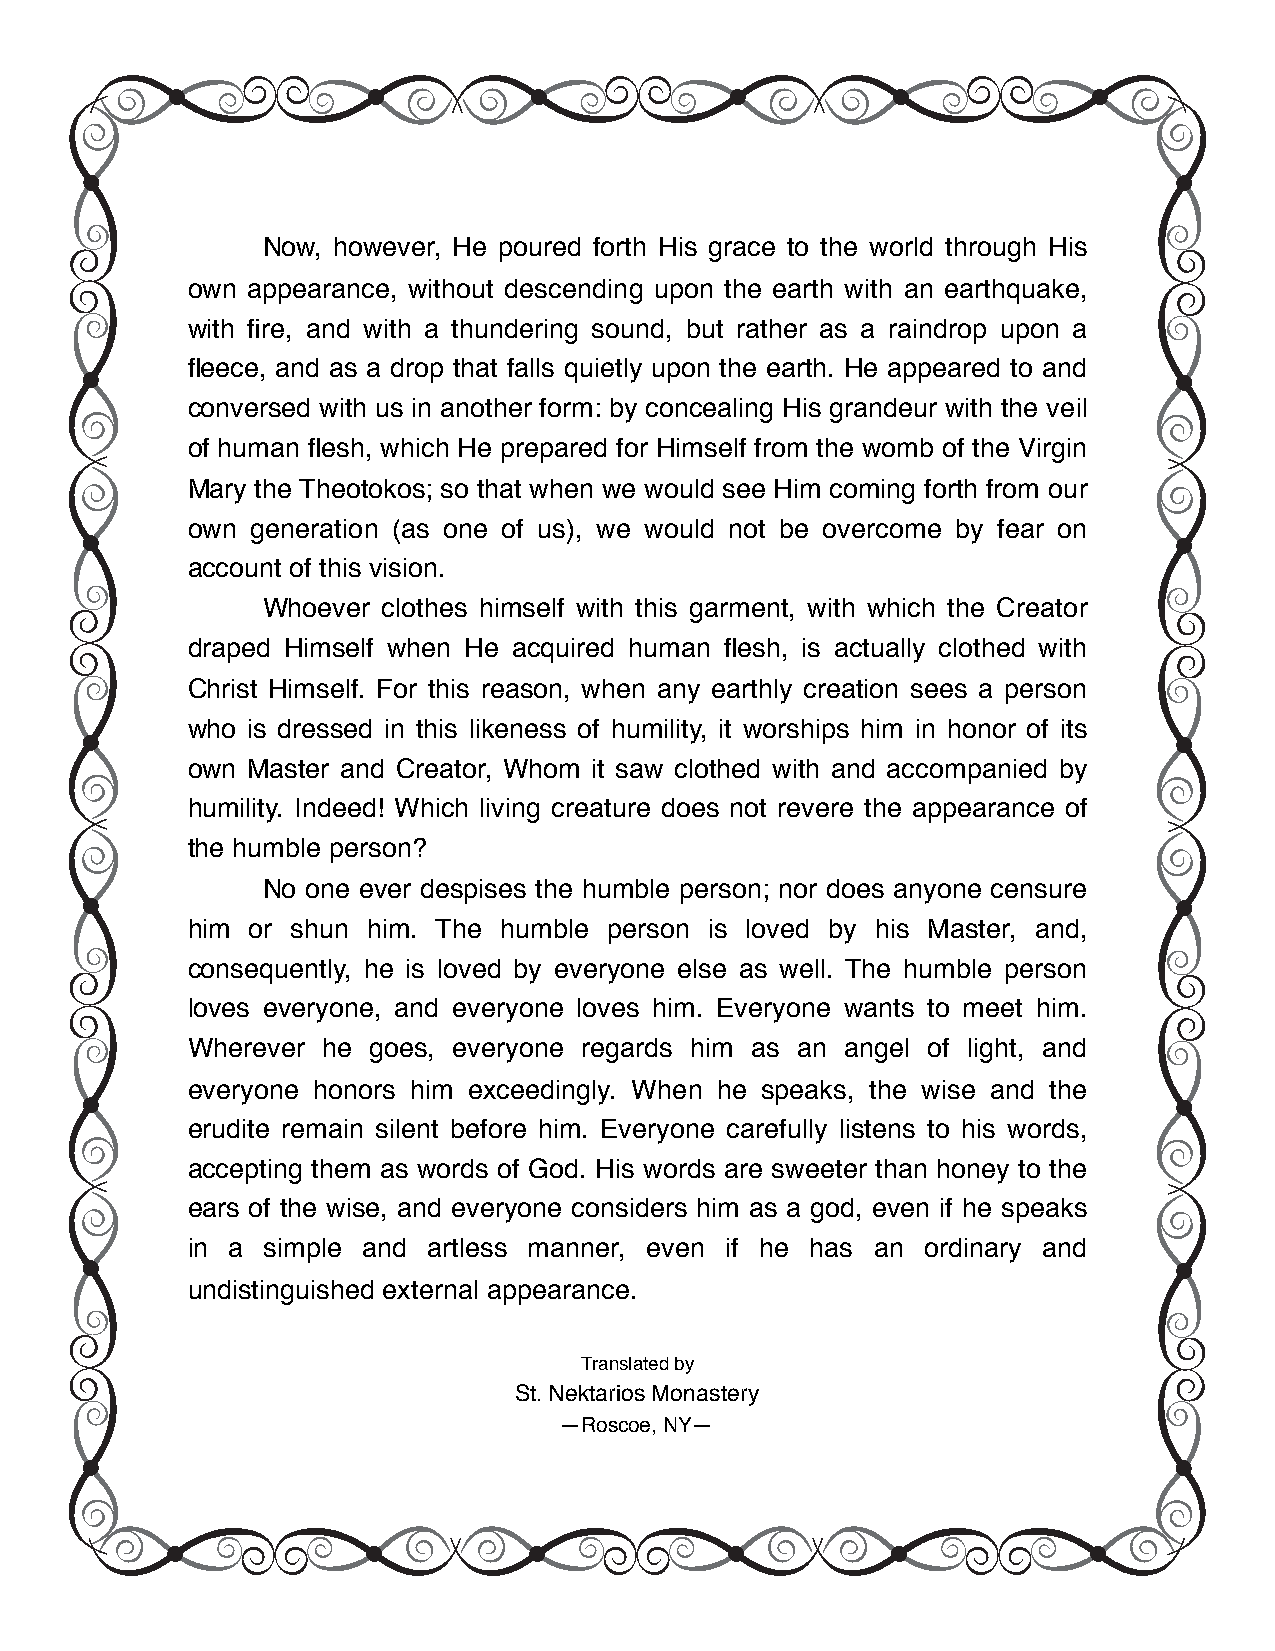
Now, however, He poured forth His grace to the world through His
 own appearance, without descending upon the earth with an earthquake,
 with fire, and with a thundering sound, but rather as a raindrop upon a
 fleece, and as a drop that falls quietly upon the earth. He appeared to and
 conversed with us in another form: by concealing His grandeur with the veil
 of human flesh, which He prepared for Himself from the womb of the Virgin
 Mary the Theotokos; so that when we would see Him coming forth from our
 own  generation (as one of us), we would not be overcome by fear on
 account of this vision.
 Whoever clothes himself with this garment, with which the Creator
 draped Himself when He acquired human flesh, is actually clothed with
 Christ Himself. For this reason, when any earthly creation sees a person
 who is dressed in this likeness of humility, it worships him in honor of its
 own Master and Creator, Whom it saw clothed with and accompanied by
 humility. Indeed! Which living creature does not revere the appearance of
 the humble person?
 No one ever despises the humble person; nor does anyone censure
 him or shun him. The humble person is loved by his Master, and,
 consequently, he is loved by everyone else as well. The humble person
 loves everyone, and everyone loves him. Everyone wants to meet him.
 Wherever he goes, everyone regards him as an angel of light, and
 everyone honors him exceedingly. When he speaks, the wise and the
 erudite remain silent before him. Everyone carefully listens to his words,
 accepting them as words of God. His words are sweeter than honey to the
 ears of the wise, and everyone considers him as a god, even if he speaks
 in a simple and artless manner, even if he has an ordinary and
 undistinguished external appearance.
 Translated by
 St. Nektarios Monastery
 —Roscoe, NY—